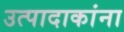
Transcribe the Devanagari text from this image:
उत्पादाकांना